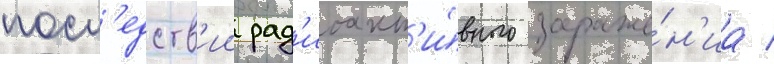
посл'едств'ии рад'иоакт'и́вного зараже́н'иа /